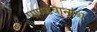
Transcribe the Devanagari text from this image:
पाण्डवानांश्च